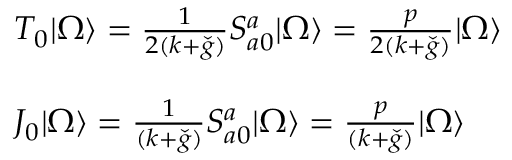
\begin{array} { l } { { T _ { 0 } | \Omega \rangle = \frac { 1 } { 2 ( k + \check { g } ) } S _ { a 0 } ^ { a } | \Omega \rangle = \frac { p } { 2 ( k + \check { g } ) } | \Omega \rangle } } \\ { { \ } } \\ { { J _ { 0 } | \Omega \rangle = \frac { 1 } { ( k + \check { g } ) } S _ { a 0 } ^ { a } | \Omega \rangle = \frac { p } { ( k + \check { g } ) } | \Omega \rangle } } \end{array}